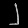
Digit: ၂